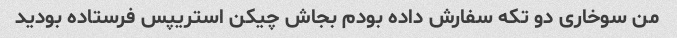
من سوخاری دو تکه سفارش داده بودم بجاش چیکن استریپس فرستاده بودید